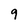
Character: 9